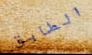
الطابق